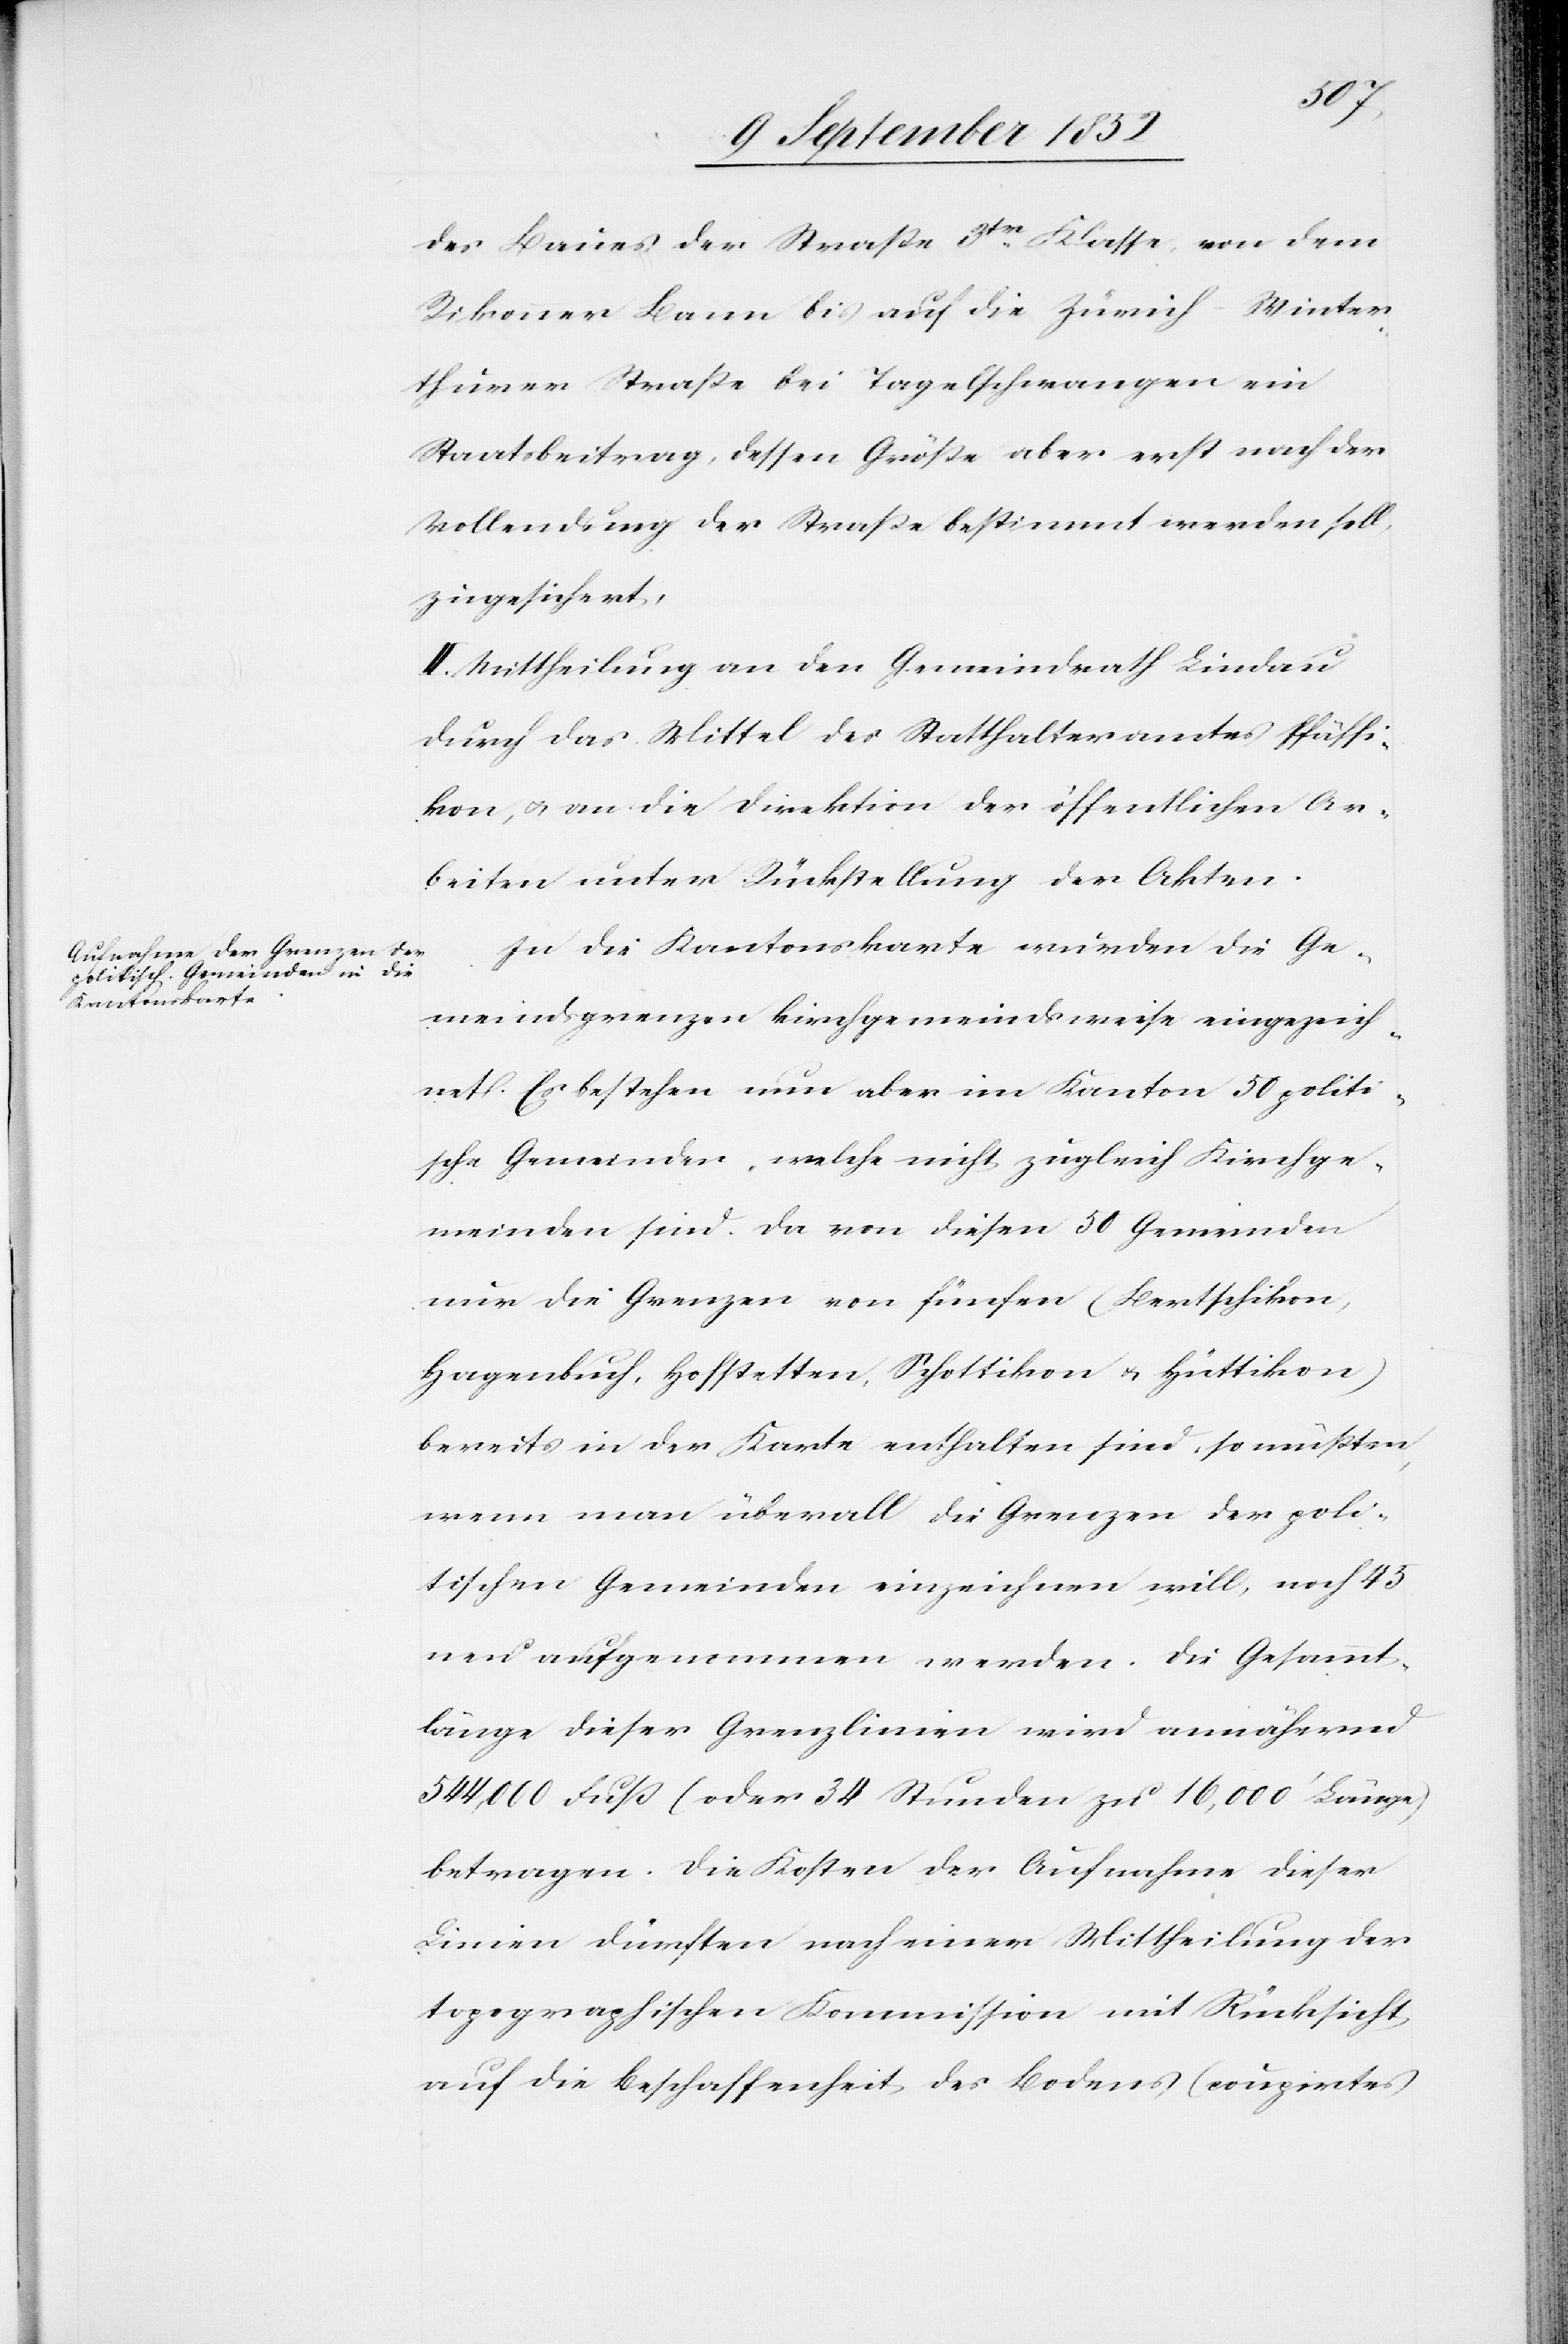
des Baues der Straße 3tr. Klasse, von dem
Rikonner Bann bis auf die Zürich-Winter¬
thurer Straße bei Tagelschwangen ein
Staatsbeitrag, dessen Größe aber erst nach der
Vollendung der Straße bestimmt werden soll,
zugesichert.
II. Mittheilung an den Gemeindrath Lindau
durch das Mittel des Statthalteramtes Pfäffi¬
kon, & an die Direktion der öffentlichen Ar¬
beiten unter Rückstellung der Akten.
In die Kantonskarte wurden die Ge¬
meindsgrenzen kirchgemeindsweise eingezeich¬
net. Es bestehen nun aber im Kanton 50 politi¬
sche Gemeinden, welche nicht zugleich Kirchge¬
meinden sind. Da von diesen 50 Gemeinden
nur die Grenzen von fünfen (Bertschikon,
Hagenbuch, Hofstetten, Schottikon & Hüttikon)
bereits in der Karte enthalten sind, so müßten,
wenn man überall die Grenzen der poli¬
tischen Gemeinden einzeichnen will, noch 45
neu aufgenommen werden. Die Gesammt¬
länge dieser Grenzlinien wird annähernd
544,000 Fuß (oder 34 Stunden zu 16,000‘ Länge)
betragen. Die Kosten der Aufnahme dieser
Linien dürften nach einer Mittheilung der
topographischen Kommission mit Rücksicht
auf die Beschaffenheit des Bodens (coupirtes